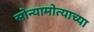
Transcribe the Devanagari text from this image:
सोन्यामोत्याच्या